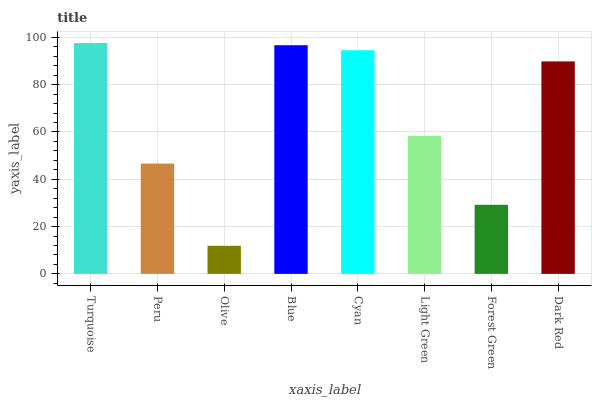
| xaxis_label | bars |
 | --- | --- |
 | Turquoise | 97.6 |
 | Peru | 46.6 |
 | Olive | 11.9 |
 | Blue | 96.7 |
 | Cyan | 94.5 |
 | Light Green | 58.4 |
 | Forest Green | 29.2 |
 | Dark Red | 89.8 |